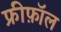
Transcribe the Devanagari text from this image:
फ्रीफ़ॉल